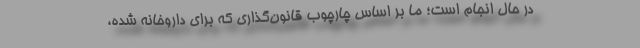
در حال انجام است؛ ما بر اساس چارچوب قانون‌گذاری که برای داروخانه شده،